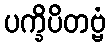
ပက္ခိပိတဗ္ဗံ